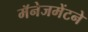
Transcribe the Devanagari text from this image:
मॅनेजमेंटने